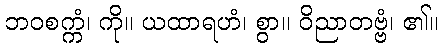
ဘဝစက္ကံ၊ ကို။ ယထာရဟံ၊ စွာ။ ဝိညာတဗ္ဗံ၊ ၏။